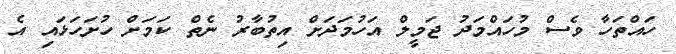
ހައްތަހާ ވެސް މުހައްމަދު ޖަމީލް އަހުމަދަށް އިތުބާރު ނެތް ކަމަށް ހުށަހަޅައި އެ